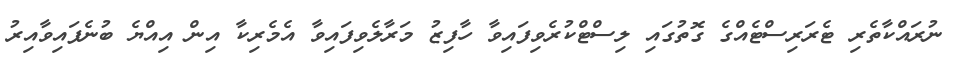
ނުރައްކާތެރި ޓެރަރިސްޓެއްގެ ގޮތުގައި ލިސްޓްކުރެވިފައިވާ ހާފިޒު މަރާލެވިފައިވާ އެމެރިކާ އިން އިއްޔެ ބުނެފައިވާއިރު